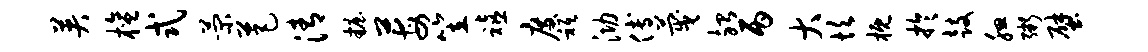
英檀式菊芭清妆莓笠禧度只泐傅蔑殆丙大坎概於鼓腮粥壁